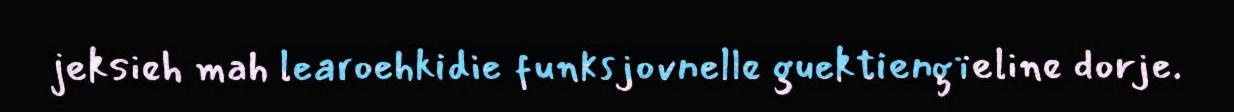
jeksieh mah learoehkidie funksjovnelle guektiengïeline dorje.